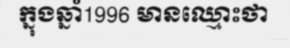
ក្នុងឆ្នាំ1996 មានឈ្មោះថា